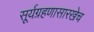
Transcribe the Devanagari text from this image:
सूर्यग्रहणासारखेच